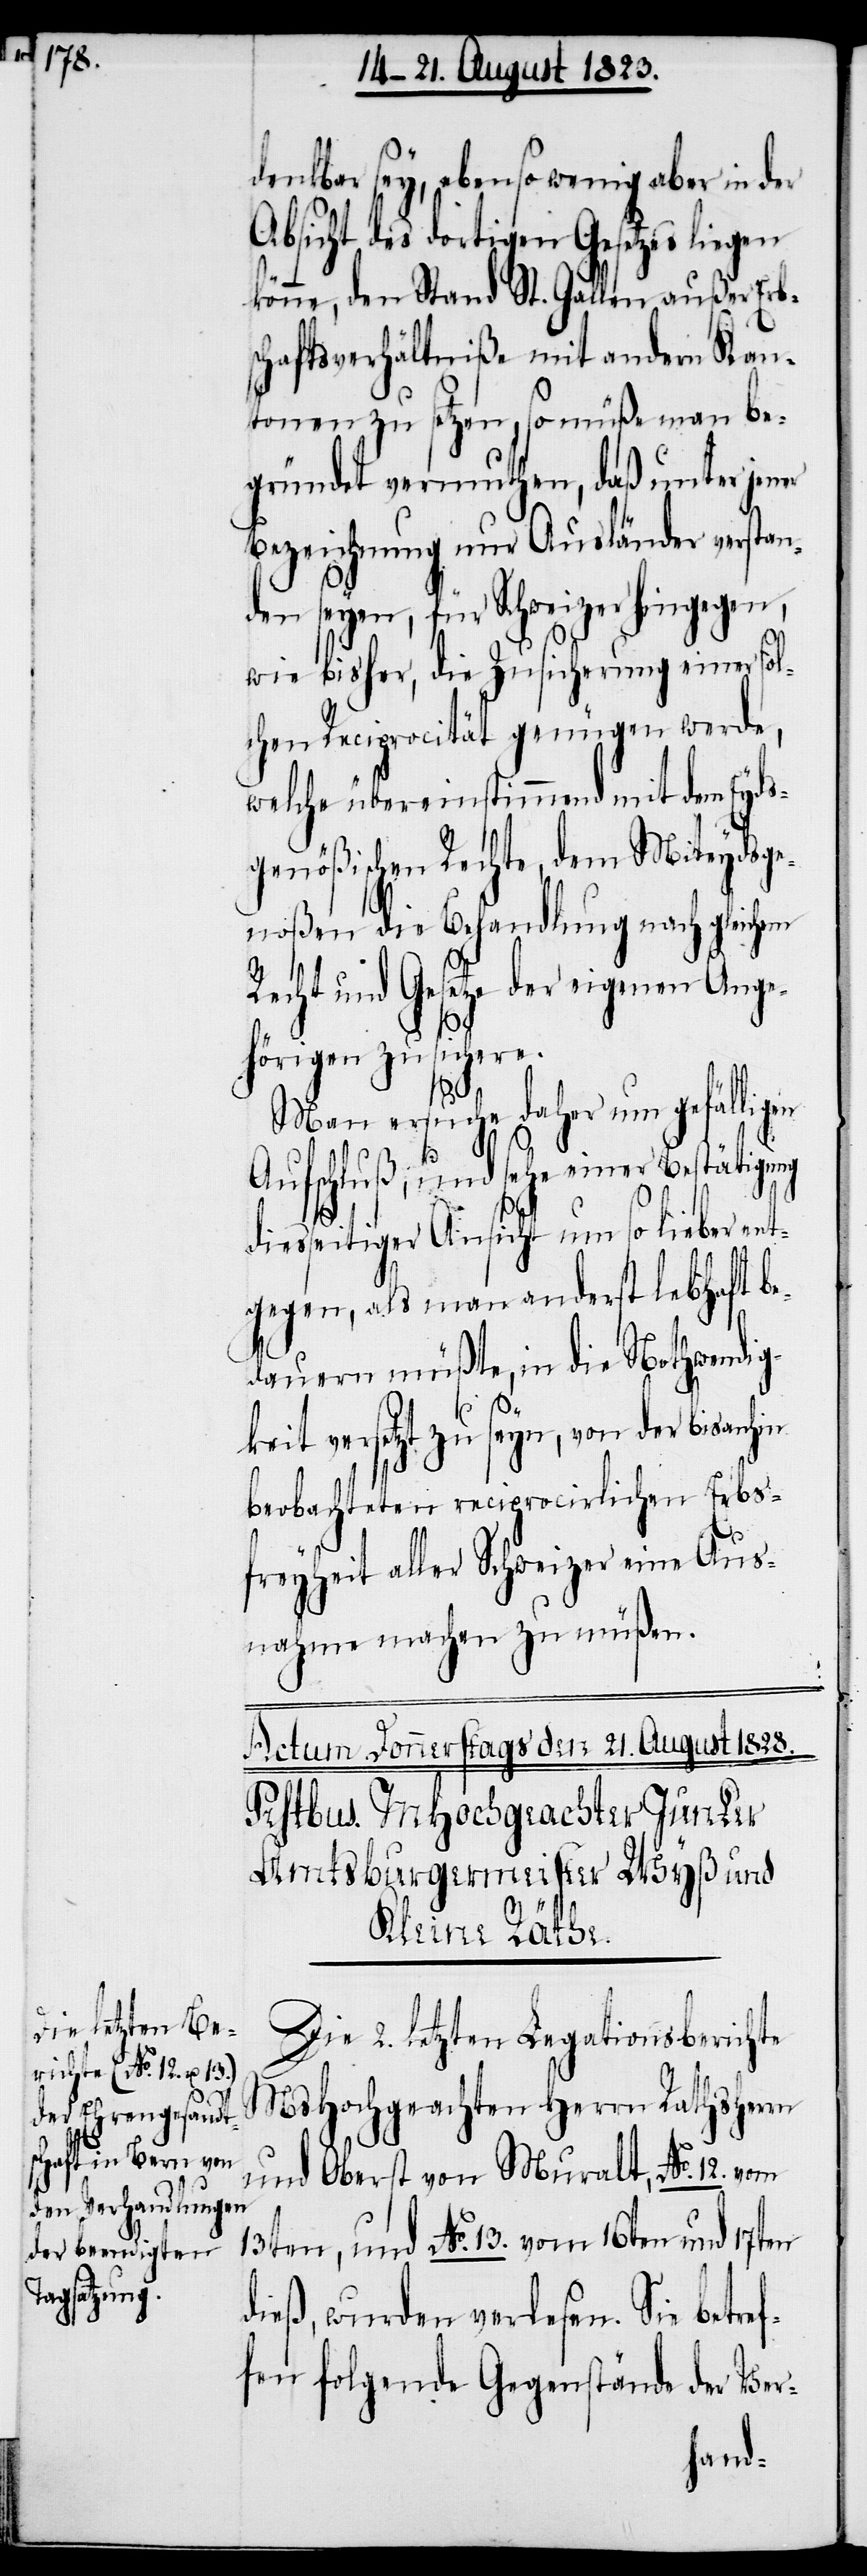
denkbar sey, eben so wenig aber in der
Absicht des dortigen Gesetzes liegen
könne, den Stand St. Gallen außer Erb¬
schaftsverhältniße mit andern Kan¬
tonen zu setzen, so müße man be¬
gründet vermuthen, daß unter jener
Bezeichnung nur Ausländer verstan¬
den seyen, für Schweizer hingegen,
wie bisher, die Zusicherung einer sol¬
chen Reciprocität genügen werde,
welche übereinstimmend mit dem Eyds¬
genößischen Rechte, dem Miteydsge¬
noßen die Behandlung nach gleichem
Recht und Gesetze der eigenen Ange¬
hörigen zusichere.
Man ersuche daher um gefälligen
Aufschluß, und sehe einer Bestätigung
diesseitiger Ansicht um so lieber ent¬
gegen, als man anderst lebhaft be¬
dauern müßte, in die Nothwendig¬
keit versetzt zu seyn, von der bisanhin
beobachteten reciprocirlichen Erbs¬
freyheit aller Schweizer eine Aus¬
nahme machen zu müßen.
Die 2. letzten Legationsberichte
MsHochgeachten Herrn Rathsherrn
und Oberst von Muralt, No. 12. vom
13ten, und No. 13. vom 16ten und 17ten
dieß, wurden verlesen. Sie betref¬
fen folgende Gegenstände der Ver-